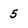
Character: 5